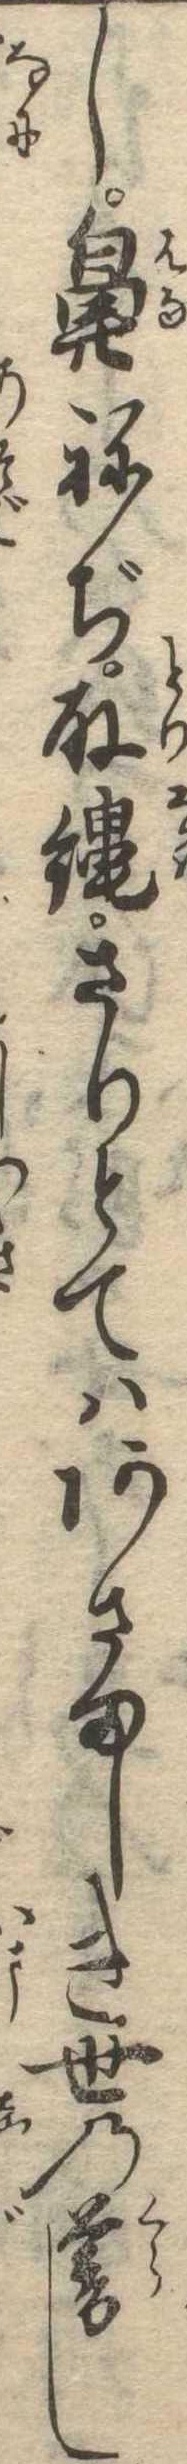
し鼻ねぢ取縄さりとてはあさましき世の暮し